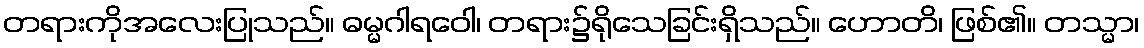
တရားကိုအလေးပြုသည်။ ဓမ္မဂါရဝေါ၊ တရား၌ရိုသေခြင်းရှိသည်။ ဟောတိ၊ ဖြစ်၏။ တသ္မာ၊